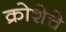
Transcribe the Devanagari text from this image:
क्रोशेचे